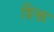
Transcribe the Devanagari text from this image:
श्क्ति